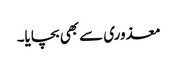
معذوری سے بھی بچایا۔